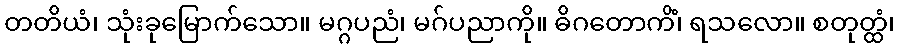
တတိယံ၊ သုံးခုမြောက်သော။ မဂ္ဂပညံ၊ မဂ်ပညာကို။ ဓိဂတောကိံ၊ ရသလော။ စတုတ္ထံ၊